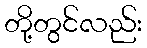
တို့တွင်လည်း